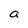
Character: a